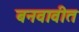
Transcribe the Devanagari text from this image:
बनवावीत